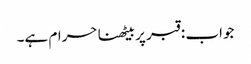
جواب : قبر پر بیٹھنا حرام ہے۔